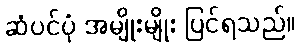
ဆံပင်ပုံ အမျိုးမျိုး ပြင်ရသည်။